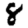
Digit: 8